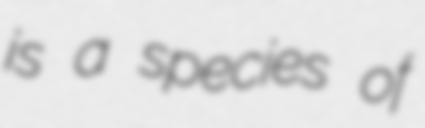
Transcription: is a species of